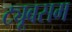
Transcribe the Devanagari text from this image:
ट्यूबसम